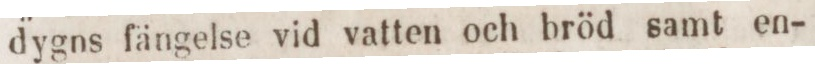
dygns fängelse vid vatten och bröd samt en-